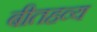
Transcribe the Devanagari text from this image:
बीतहव्य